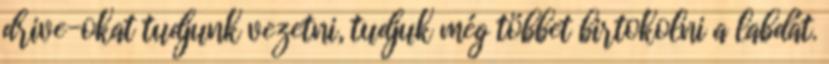
drive-okat tudjunk vezetni, tudjuk még többet birtokolni a labdát.